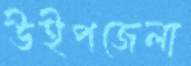
উইপজেলা